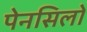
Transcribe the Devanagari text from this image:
पेनसिलों